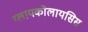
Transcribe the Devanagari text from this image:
ग्लायकोलायसिस